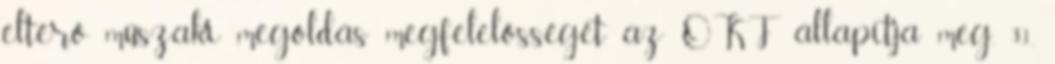
eltérõ mûszaki megoldás megfelelõsségét az OKF állapítja meg. 3.1.